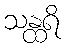
သန္ထရိ